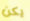
يكن